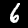
Label: 6